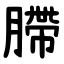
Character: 䐭